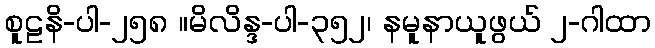
စူဠနိ-ပါ-၂၅၈ ။မိလိန္ဒ-ပါ-၃၅၂၊ နမူနာယူဖွယ် ၂-ဂါထာ